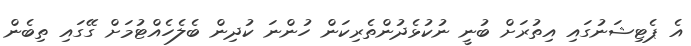
އެ ޕެޓިޝަނުގައި އިތުރަށް ބުނީ ނުކުޅެދުންތެރިކަން ހުންނަ ކުދިން ބެލެހެއްޓުމަށް ގޭގައި ތިބެން